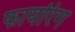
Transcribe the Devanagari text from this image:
फायरिग